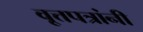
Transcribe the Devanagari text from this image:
वृ्त्तपत्रांनी